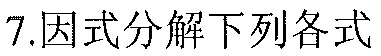
7.因式分解下列各式